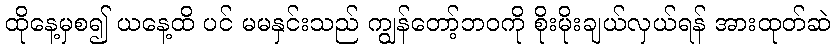
ထိုနေ့မှစ၍ ယနေ့ထိ ပင် မမနှင်းသည် ကျွန်တော့်ဘဝကို စိုးမိုးချယ်လှယ်ရန် အားထုတ်ဆဲ